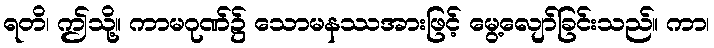
ရတိ၊ ဤသို့။ ကာမဂုဏ်၌ သောမနဿအားဖြင့် မွေ့လျော်ခြင်းသည်။ ကာ၊